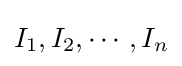
{I_{1},I_{2},\cdots ,I_{n}}